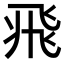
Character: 𩙱